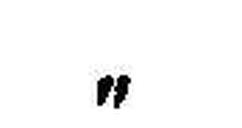
„